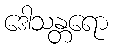
ဒေါသန္တရော